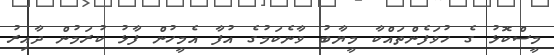
މީސްކޮޅު ގެ ހުވަފެންތައްކާ މީޔާބު ވާނެކަމުގެ އުފާ އެމީހުން ފާޅު ކުރަމުން ދާއިރު